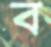
ব